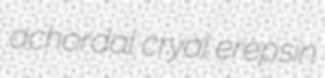
achordal cryal erepsin